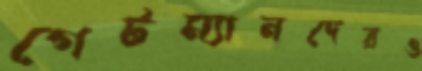
গেটম্যানদেরও